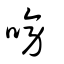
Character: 嗙